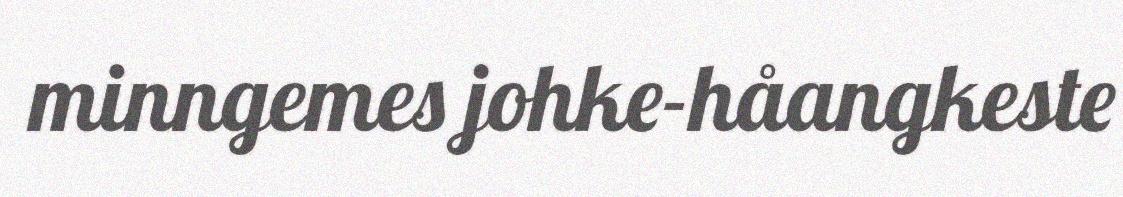
minngemes johke-håangkeste